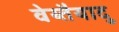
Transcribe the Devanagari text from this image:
वेय्तैयादु